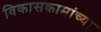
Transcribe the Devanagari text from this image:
विकासकामांच्या